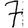
Digit: 7